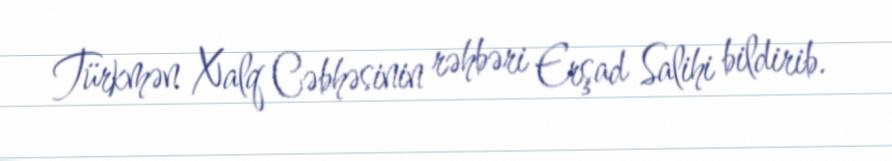
Türkmən Xalq Cəbhəsinin rəhbəri Erşad Salihi bildirib.